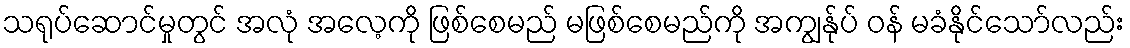
သရုပ်ဆောင်မှုတွင် အလုံ အလေ့ကို ဖြစ်စေမည် မဖြစ်စေမည်ကို အကျွန်ုပ် ဝန် မခံနိုင်သော်လည်း